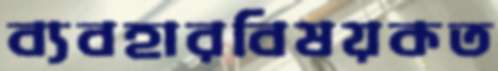
ব্যবহারবিষয়কত